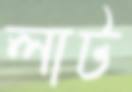
লাট